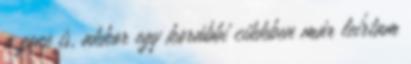
a zene is, akkor egy korábbi cikkben már leírtam